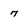
Character: 7